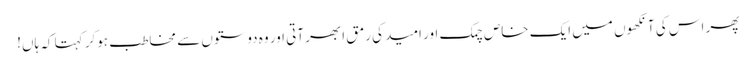
پھر اس کی آنکھوں میں ایک خاص چمک اور امید کی رمق ابھر آتی اور وہ دوستوں سے مخاطب ہوکر کہتا کہ ہاں!